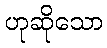
ဟုဆိုသော